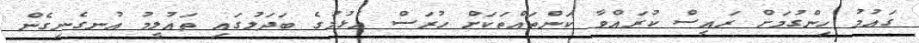
ގައުމު ހިންގުމަށް ރައީސް ކުރައްވާ ކަންތައްތަކަށް ހުރަސް އެޅުމުގެ ބަދަލުގައި ތައުލީމު އުނގެނިގެން